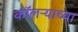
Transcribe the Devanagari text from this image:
कॉलऱ्याच्या